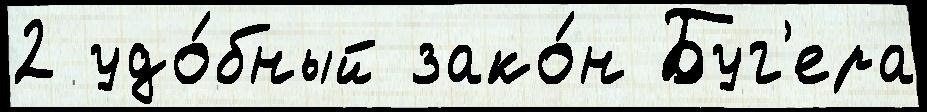
2 удо́бный зако́н Буг'ера